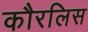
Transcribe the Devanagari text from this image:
कौरलिस